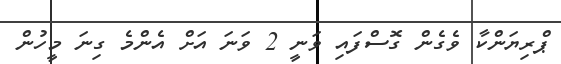
ޕްރިޔަންކާ ވެގެން ގޮސްފައި ވަނީ 2 ވަނަ އަށް އެންމެ ގިނަ މީހުން